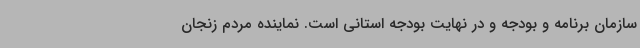
سازمان برنامه و بودجه و در نهایت بودجه استانی است. نماینده مردم زنجان